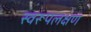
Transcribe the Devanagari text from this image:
स्वरूपलक्षण